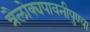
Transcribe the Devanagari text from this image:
त्रैलोक्यपावनीपुण्या